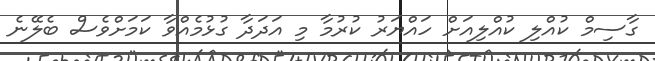
ގާސިމް ކުއްލި ކުއްލިއަށް ހައްޔަރު ކުރުމާ މި އަދަދާ ގުޅުމެއްވާ ކަމަށްވެސް ބެލޭނެ